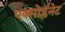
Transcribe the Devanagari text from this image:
एक्सोप्लॅनेट